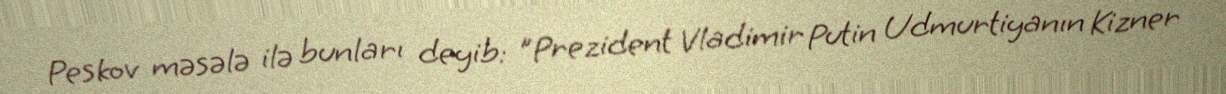
Peskov məsələ ilə bunları deyib: "Prezident Vladimir Putin Udmurtiyanın Kizner